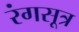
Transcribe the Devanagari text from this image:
रंगसूत्र